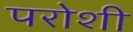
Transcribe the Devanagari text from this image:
परोशी